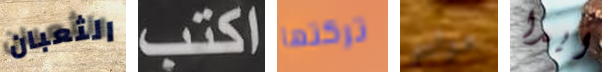
الثعبان اكتب تركتها مواسم ايدا